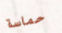
حماسة